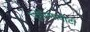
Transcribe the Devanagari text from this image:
पुत्रप्रेमापोटी